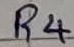
Text: R4